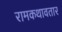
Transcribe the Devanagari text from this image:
रामकथावतार